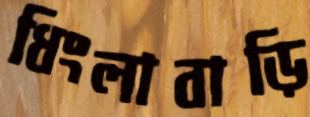
ধিংলাবাড়ি